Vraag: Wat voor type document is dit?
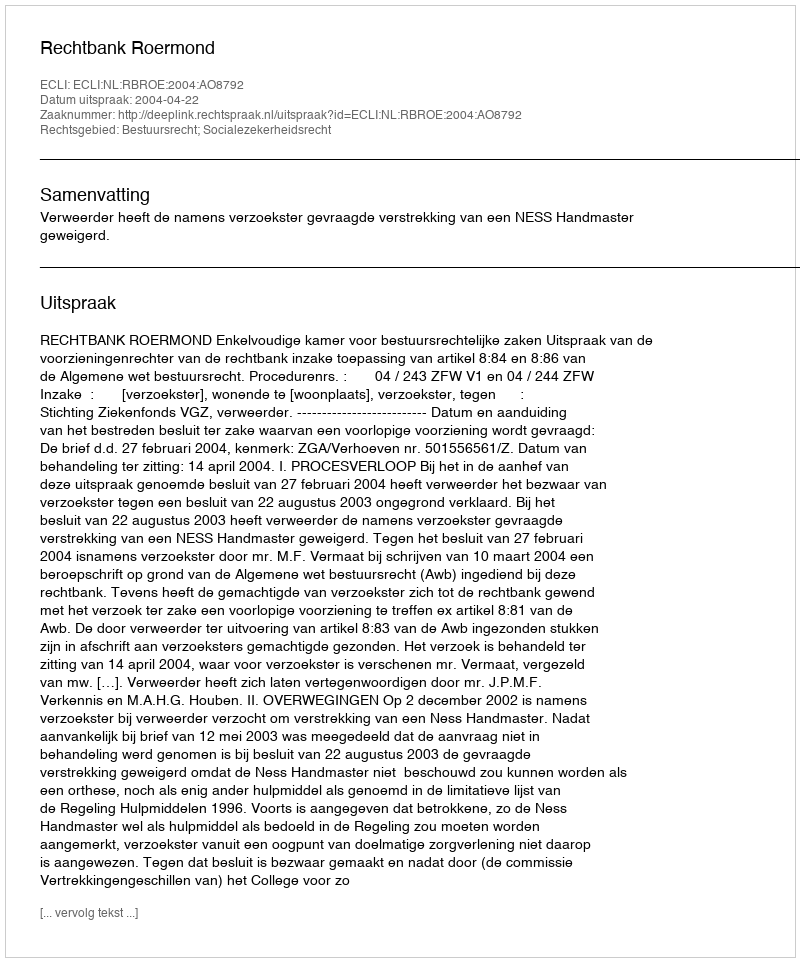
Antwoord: Uitspraak